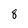
Character: 8